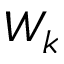
W _ { k }